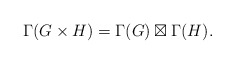
\begin{align*} \Gamma(G\times H) = \Gamma(G)\boxtimes \Gamma(H). \end{align*}